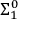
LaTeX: \Sigma _ { 1 } ^ { 0 }